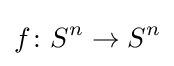
f\colon S^{n}\to S^{n}